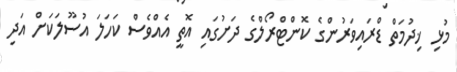
މުޅި ޚިދުމަތް ޑްރައިވަރުންގެ ކޮންޓްރޯލްގެ ދަށުގައި އޮތީ އެއްވެސް ކަހަލަ އުސޫލަކަށް އަދި